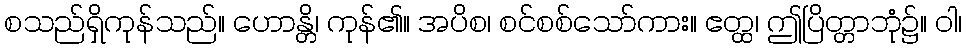
စသည်ရှိကုန်သည်။ ဟောန္တိ၊ ကုန်၏။ အပိစ၊ စင်စစ်သော်ကား။ ဧတ္ထ၊ ဤပြိတ္တာဘုံ၌။ ဝါ၊